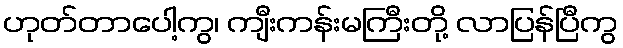
ဟုတ်တာပေါ့ကွ၊ ကျီးကန်းမကြီးတို့ လာပြန်ပြီကွ